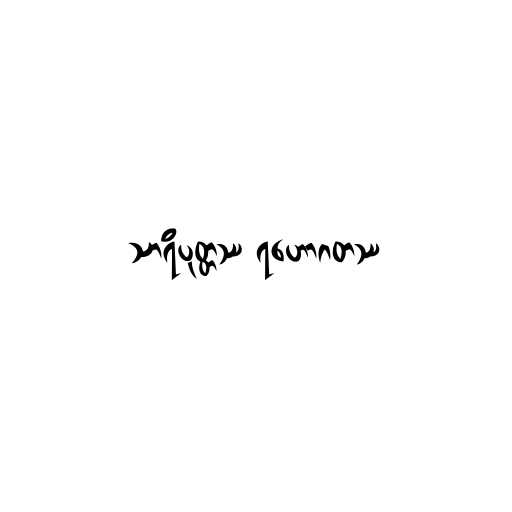
သာရိပုတ္တဿ ရဟောဂတဿ